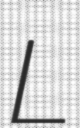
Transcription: L